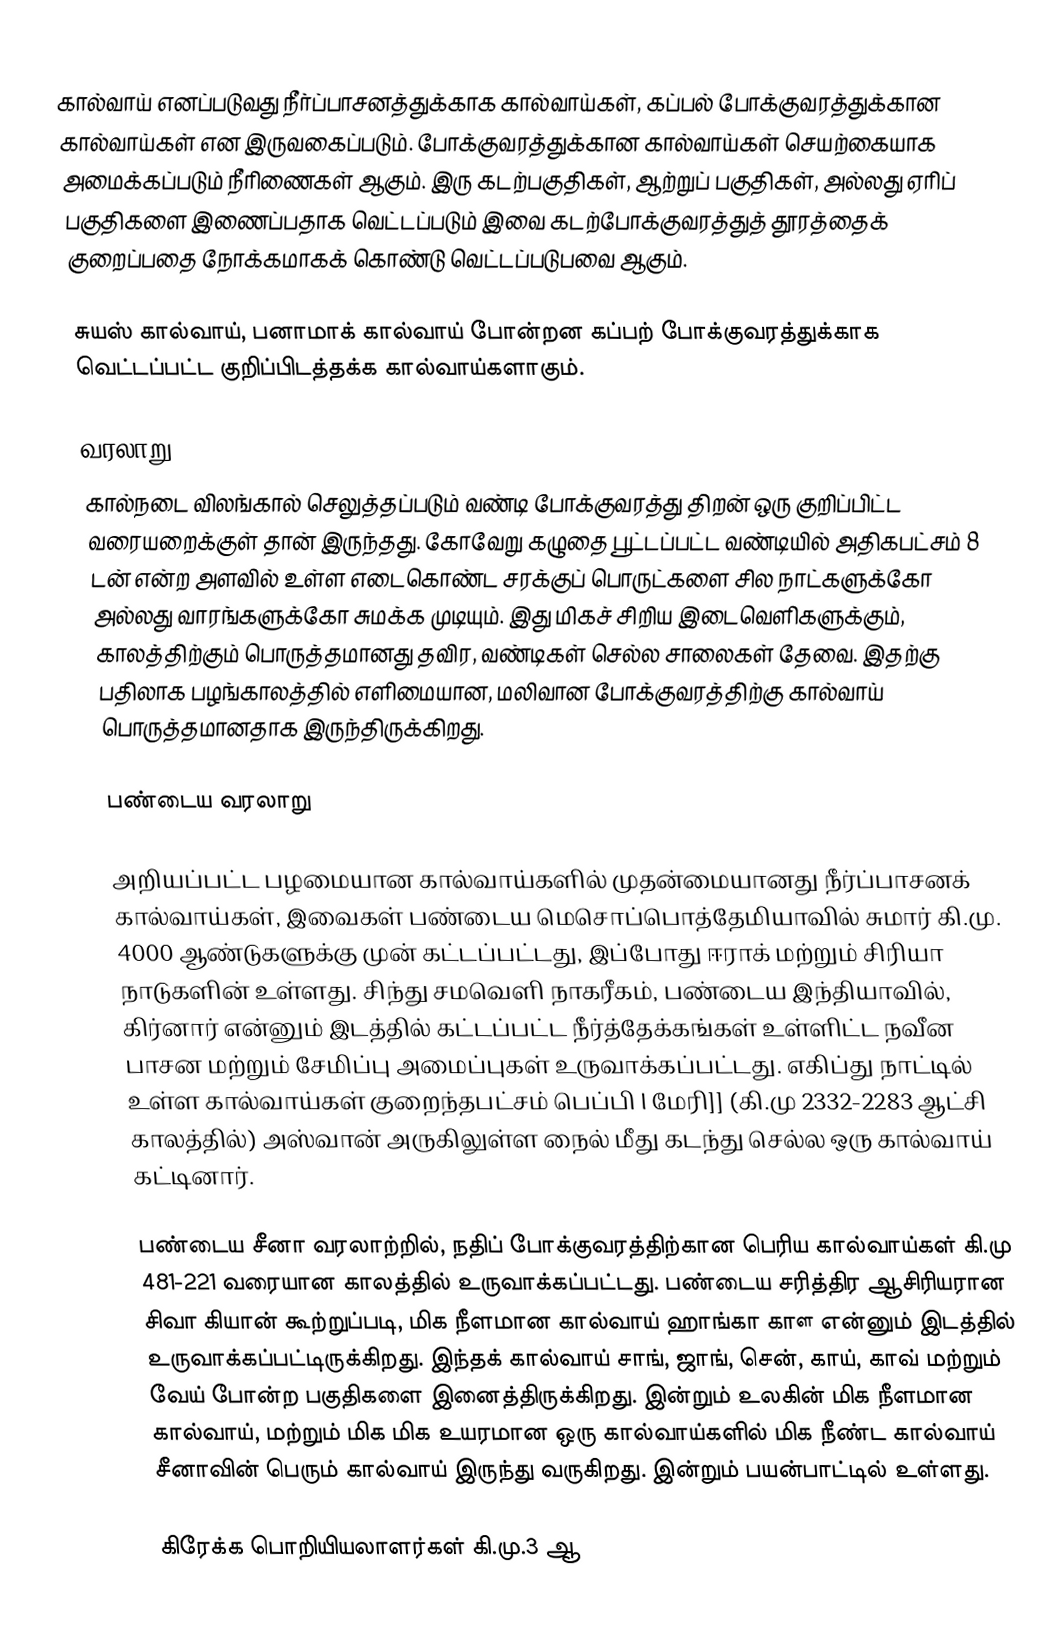
கால்வாய் எனப்படுவது நீர்ப்பாசனத்துக்காக கால்வாய்கள், கப்பல் போக்குவரத்துக்கான கால்வாய்கள் என இருவகைப்படும். போக்குவரத்துக்கான கால்வாய்கள் செயற்கையாக அமைக்கப்படும் நீரிணைகள் ஆகும். இரு கடற்பகுதிகள், ஆற்றுப் பகுதிகள், அல்லது ஏரிப் பகுதிகளை இணைப்பதாக வெட்டப்படும் இவை கடற்போக்குவரத்துத் தூரத்தைக் குறைப்பதை நோக்கமாகக் கொண்டு வெட்டப்படுபவை ஆகும்.

சுயஸ் கால்வாய், பனாமாக் கால்வாய் போன்றன கப்பற் போக்குவரத்துக்காக வெட்டப்பட்ட குறிப்பிடத்தக்க கால்வாய்களாகும்.

வரலாறு
கால்நடை விலங்கால் செலுத்தப்படும் வண்டி போக்குவரத்து திறன் ஒரு குறிப்பிட்ட வரையறைக்குள் தான் இருந்தது. கோவேறு கழுதை பூட்டப்பட்ட வண்டியில் அதிகபட்சம் 8 டன்   என்ற அளவில் உள்ள எடைகொண்ட சரக்குப் பொருட்களை சில நாட்களுக்கோ அல்லது வாரங்களுக்கோ சுமக்க முடியும். இது மிகச் சிறிய இடைவெளிகளுக்கும், காலத்திற்கும் பொருத்தமானது தவிர, வண்டிகள் செல்ல சாலைகள் தேவை. இதற்கு பதிலாக பழங்காலத்தில் எளிமையான, மலிவான போக்குவரத்திற்கு கால்வாய் பொருத்தமானதாக இருந்திருக்கிறது.

பண்டைய வரலாறு

அறியப்பட்ட பழமையான கால்வாய்களில் முதன்மையானது நீர்ப்பாசனக் கால்வாய்கள், இவைகள் பண்டைய மெசொப்பொத்தேமியாவில் சுமார் கி.மு. 4000 ஆண்டுகளுக்கு முன் கட்டப்பட்டது, இப்போது ஈராக் மற்றும் சிரியா நாடுகளின் உள்ளது. சிந்து சமவெளி நாகரீகம், பண்டைய இந்தியாவில், கிர்னார் என்னும் இடத்தில் கட்டப்பட்ட நீர்த்தேக்கங்கள் உள்ளிட்ட நவீன பாசன மற்றும் சேமிப்பு அமைப்புகள் உருவாக்கப்பட்டது. எகிப்து நாட்டில் உள்ள கால்வாய்கள் குறைந்தபட்சம் பெப்பி I மேரி]] (கி.மு 2332-2283 ஆட்சி காலத்தில்) அஸ்வான் அருகிலுள்ள நைல் மீது கடந்து செல்ல ஒரு கால்வாய் கட்டினார்.

பண்டைய சீனா வரலாற்றில், நதிப் போக்குவரத்திற்கான பெரிய கால்வாய்கள் கி.மு 481-221 வரையான காலத்தில் உருவாக்கப்பட்டது. பண்டைய சரித்திர ஆசிரியரான சிவா கியான் கூற்றுப்படி, மிக நீளமான கால்வாய் ஹாங்கா காௗ என்னும் இடத்தில் உருவாக்கப்பட்டிருக்கிறது. இந்தக் கால்வாய்  சாங், ஜாங், சென், காய், காவ் மற்றும் வேய் போன்ற பகுதிகளை இனைத்திருக்கிறது. இன்றும் உலகின் மிக நீளமான கால்வாய், மற்றும் மிக மிக உயரமான ஒரு கால்வாய்களில் மிக நீண்ட கால்வாய் சீனாவின் பெரும் கால்வாய் இருந்து வருகிறது. இன்றும் பயன்பாட்டில் உள்ளது.

கிரேக்க பொறியியலாளர்கள் கி.மு.3 ஆ